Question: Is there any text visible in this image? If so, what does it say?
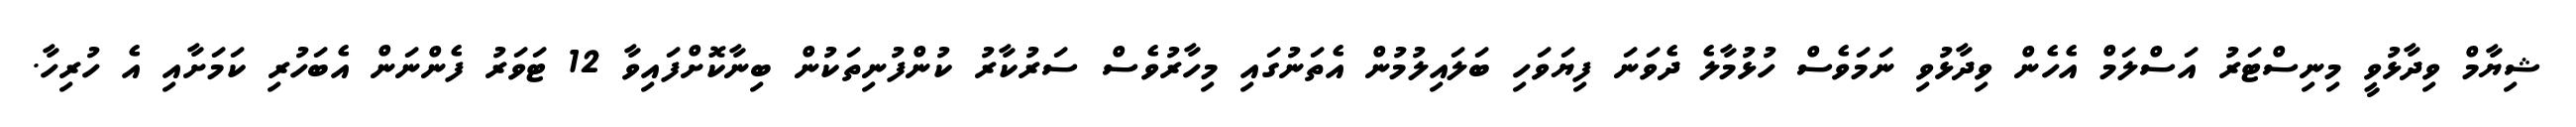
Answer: ޝިޔާމް ވިދާޅުވީ މިނިސްޓަރު އަސްލަމް އެހެން ވިދާޅުވި ނަމަވެސް ހުޅުމާލެ ދެވަނަ ފިޔަވަހި ބަލައިލުމުން އެތަނުގައި މިހާރުވެސް ސަރުކާރު ކުންފުނިތަކުން ބިނާކޮށްފައިވާ 12 ޓަވަރު ފެންނަން އެބަހުރި ކަމަށާއި އެ ހުރިހާ.